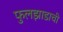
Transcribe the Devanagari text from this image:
फुलझाडाची